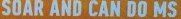
SOAR AND CAN DO MS